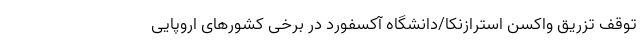
توقف تزریق واکسن استرازنکا/دانشگاه آکسفورد در برخی کشورهای اروپایی